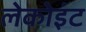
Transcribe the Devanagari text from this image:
लेकोइंट